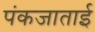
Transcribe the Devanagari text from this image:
पंकजाताई